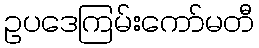
ဥပဒေကြမ်းကော်မတီ